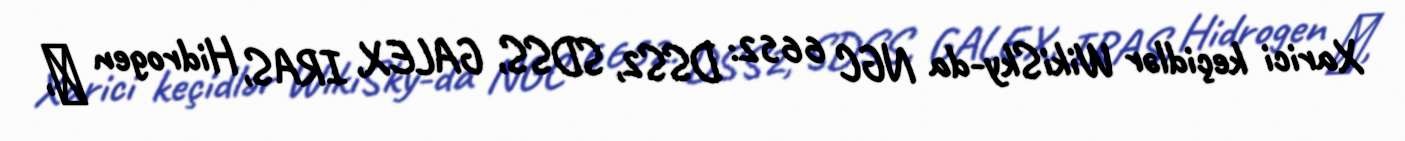
Xarici keçidlər WikiSky-da NGC 6652: DSS2, SDSS, GALEX, IRAS, Hidrogen α,